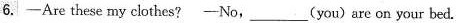
6.—Are these my clothes? —No,___(you) are on your bed.